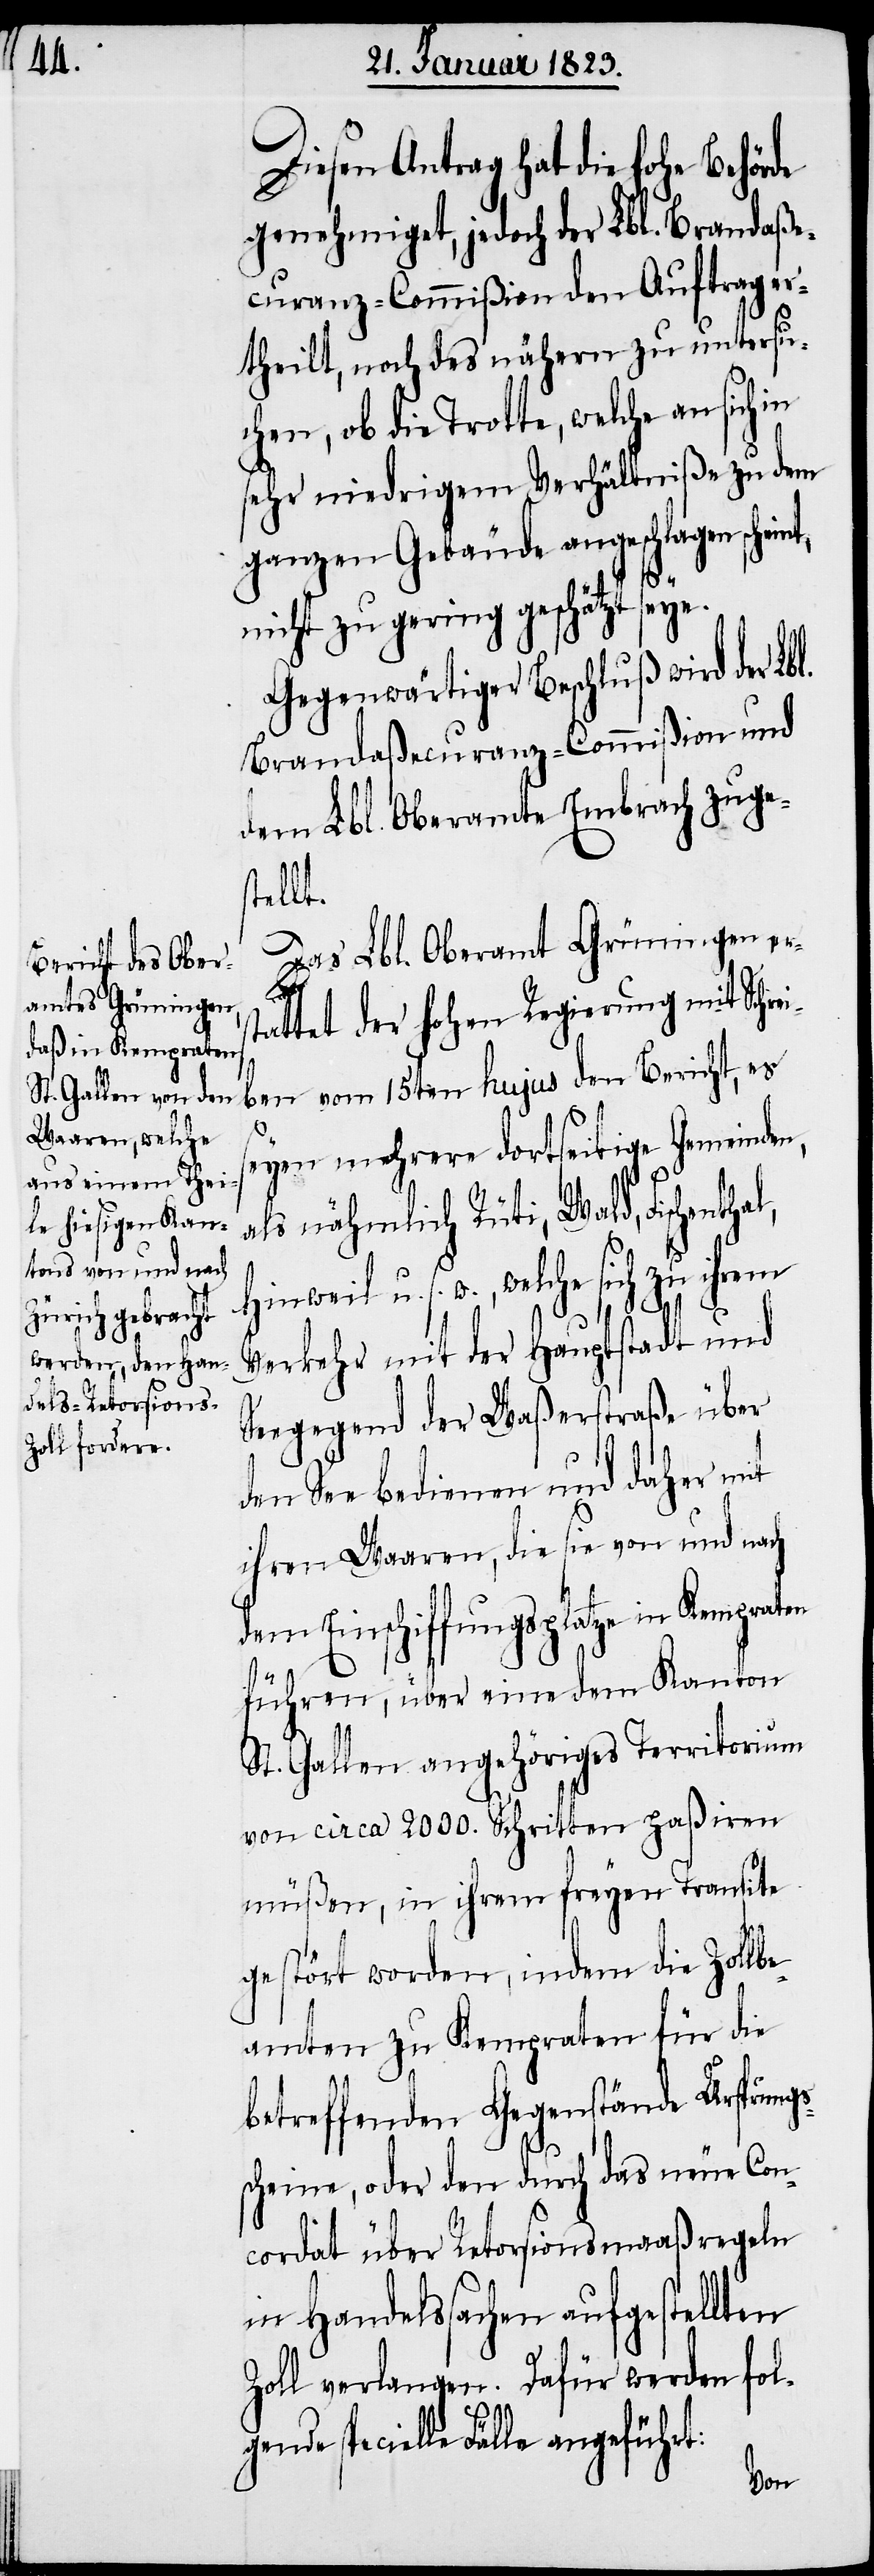
Diesen Antrag hat die hohe Behörde
genehmiget, jedoch der Lbl. Brandaße¬
curanz-Commißion den Auftrag er¬
theilt, noch des nähern zu untersu¬
chen, ob die Trotte, welche an sich in
sehr niedrigem Verhältniße zu dem
ganzen Gebäude angeschlagen schein¬
nicht zu gering geschätzt seye.
Gegenwärtiger Beschluß wird der Lbl.
Brandaßecuranz-Commißion und
dem Lbl. Oberamte Embrach zuge¬
stellt.
Das Lbl. Oberamt Grüningen e¬
s¬
tattet der hohen Regierung mit Schre¬
iben vom 15ten hujus den Bericht, es
seyen mehrere dortseitige Gemeinden,
als nähmlich Rüti, Wald, Fische¬
Hinweil u. s. w., welche sich zu ihrem
Verkehr mit der Hauptstadt und
Seegegend der Waßerstraße über
den See bedienen und daher mit
ihren Waaren, die sie von und nach
dem Einschiffungsplatze in Kempraten
St. Gallen angehöriges Territorium
von circa 2000. Schritten paßiren
müßen, in ihrem freyen Transite
gestört worden, indem die Zollbe¬
amten zu Kempraten für die
betreffenden Gegenstände Ursprungs¬
scheine, oder den durch das neue Con¬
cordat über Retorsionsmaaßregeln
in Handelssachen aufgestellten
Zoll verlangen. Dafür werden fol¬
pecielle Fälle angeführt: